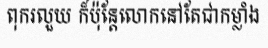
ពុករលួយ ក៏ប៉ុន្តែលោកនៅតែជាកម្លាំង